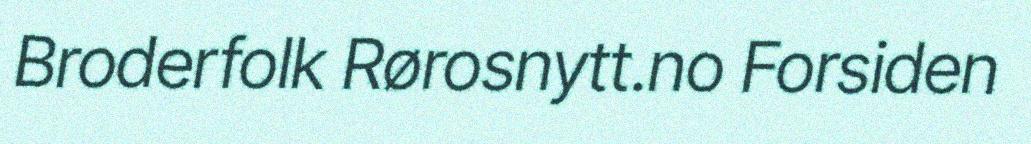
Broderfolk Rørosnytt.no Forsiden